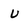
Character: U